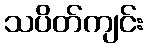
သပိတ်ကျင်း